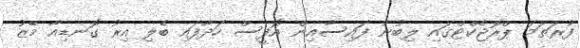
ފުރަތަމަ ޕްރޮޖެކްޓްގައި ލިބުނު ފައިސާއިން އޮފީސް ހަދާފައި ބެލި އިރު ގޮނޑިއާ މޭޒު